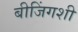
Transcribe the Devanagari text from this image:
बीजिंगशी